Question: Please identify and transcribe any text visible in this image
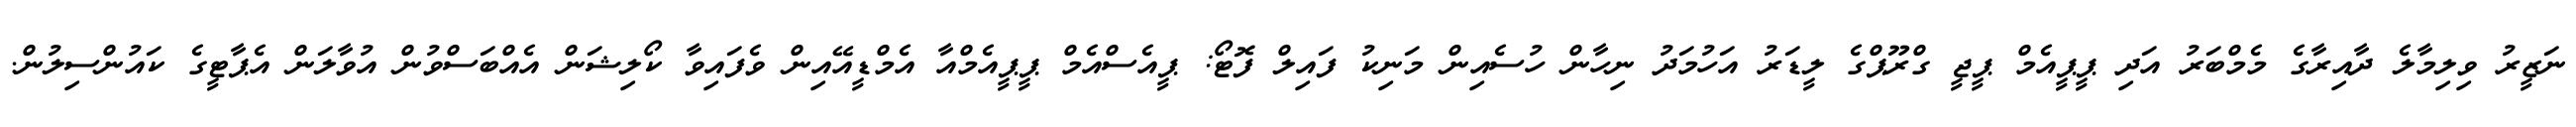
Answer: ނަޒީރު ވިލިމާލެ ދާއިރާގެ މެމްބަރު އަދި ޕީޕީއެމް ޕީޖީ ގްރޫޕްގެ ލީޑަރު އަހުމަދު ނިހާން ހުސެއިން މަނިކު ފައިލް ފޮޓޯ: ޕީއެސްއެމް ޕީޕީއެމްއާ އެމްޑީއޭއިން ވެފައިވާ ކޯލިޝަން އެއްބަސްވުން އުވާލަން އެޕާޓީގެ ކައުންސިލުން.